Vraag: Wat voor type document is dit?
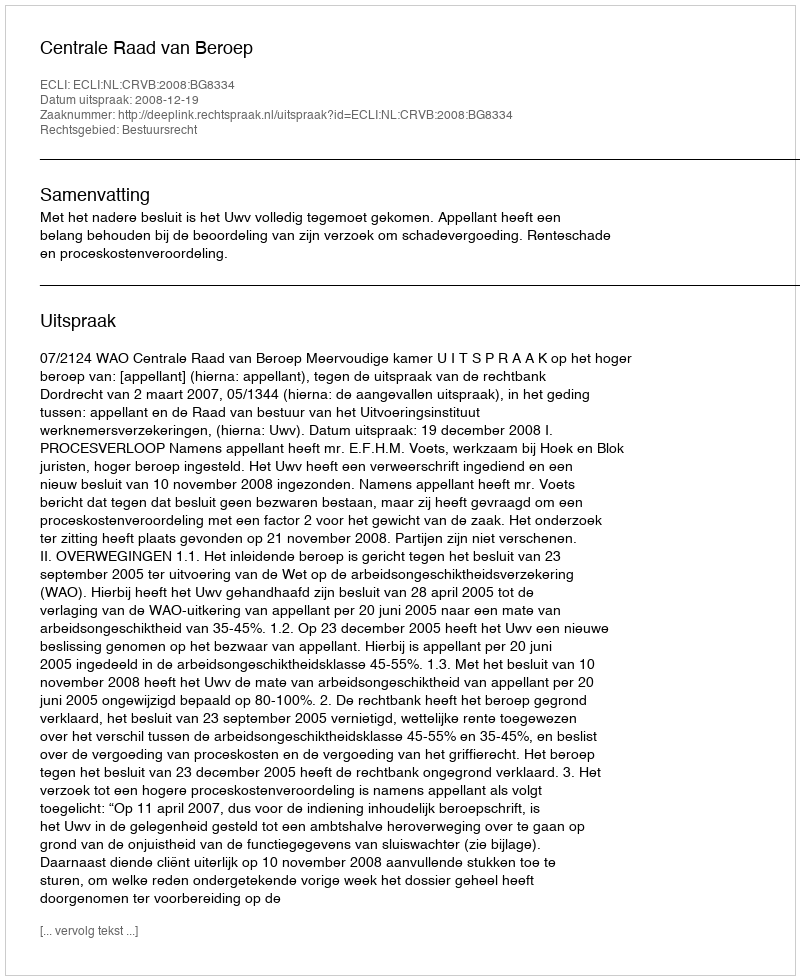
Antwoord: Uitspraak